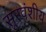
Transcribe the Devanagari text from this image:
सूरवंशीय